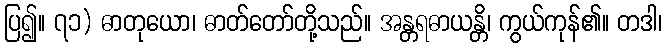
ပြ၍။ ၇၁) ဓာတုယော၊ ဓာတ်တော်တို့သည်။ အန္တရဓာယန္တိ၊ ကွယ်ကုန်၏။ တဒါ၊